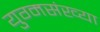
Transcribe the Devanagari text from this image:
युग्मसंख्या